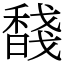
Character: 馢